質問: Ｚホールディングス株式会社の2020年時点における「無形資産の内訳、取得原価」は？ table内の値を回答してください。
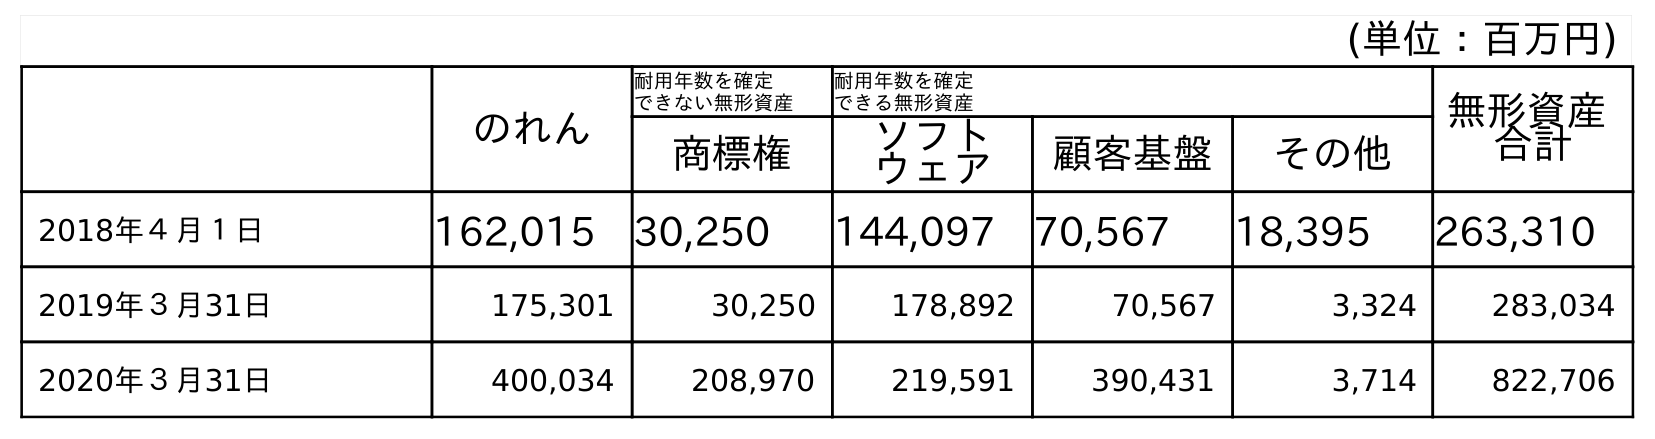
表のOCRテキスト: (単位：百万円) のれん 耐用年数を確定 できない無形資産 耐用年数を確定 できる無形資産 無形資産 合計 商標権 ソフト ウェア 顧客基盤 その他 2018年４月１日 162,015 30,250 144,097 70,567 18,395 263,310 2019年３月31日 175,301 30,250 178,892 70,567 3,324 283,034 2020年３月31日 400,034 208,970 219,591 390,431 3,714 822,706
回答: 822,706